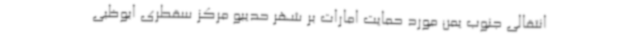
انتقالی جنوب یمن مورد حمایت امارات بر شهر حدیبو مرکز سقطری ابوظبی